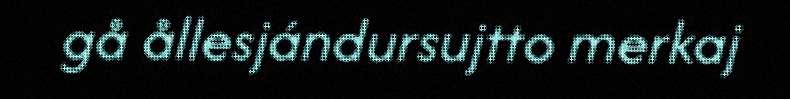
gå ållesjándursujtto merkaj